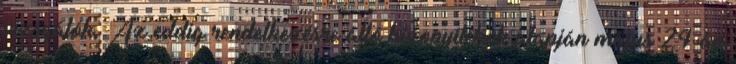
vizsgálók. Az eddig rendelkezésre álló bizonyítékok alapján május 24-án